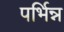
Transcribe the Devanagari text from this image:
पर्भिन्न